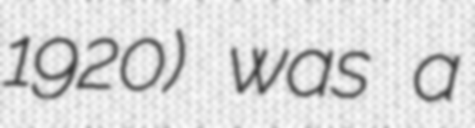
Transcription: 1920) was a